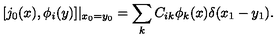
[ j _ { 0 } ( x ) , \phi _ { i } ( y ) ] | _ { x _ { 0 } = y _ { 0 } } = \sum _ { k } C _ { i k } \phi _ { k } ( x ) \delta ( x _ { 1 } - y _ { 1 } ) .